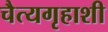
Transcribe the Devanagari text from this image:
चैत्यगृहाशी